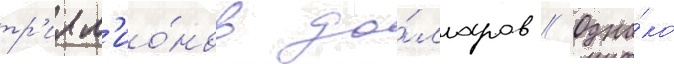
тр'илл'ио́нов до́лларов // Одна́ко